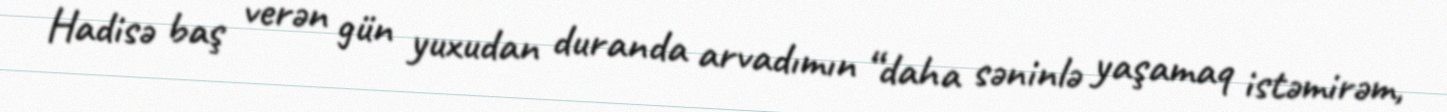
Hadisə baş verən gün yuxudan duranda arvadımın “daha səninlə yaşamaq istəmirəm,